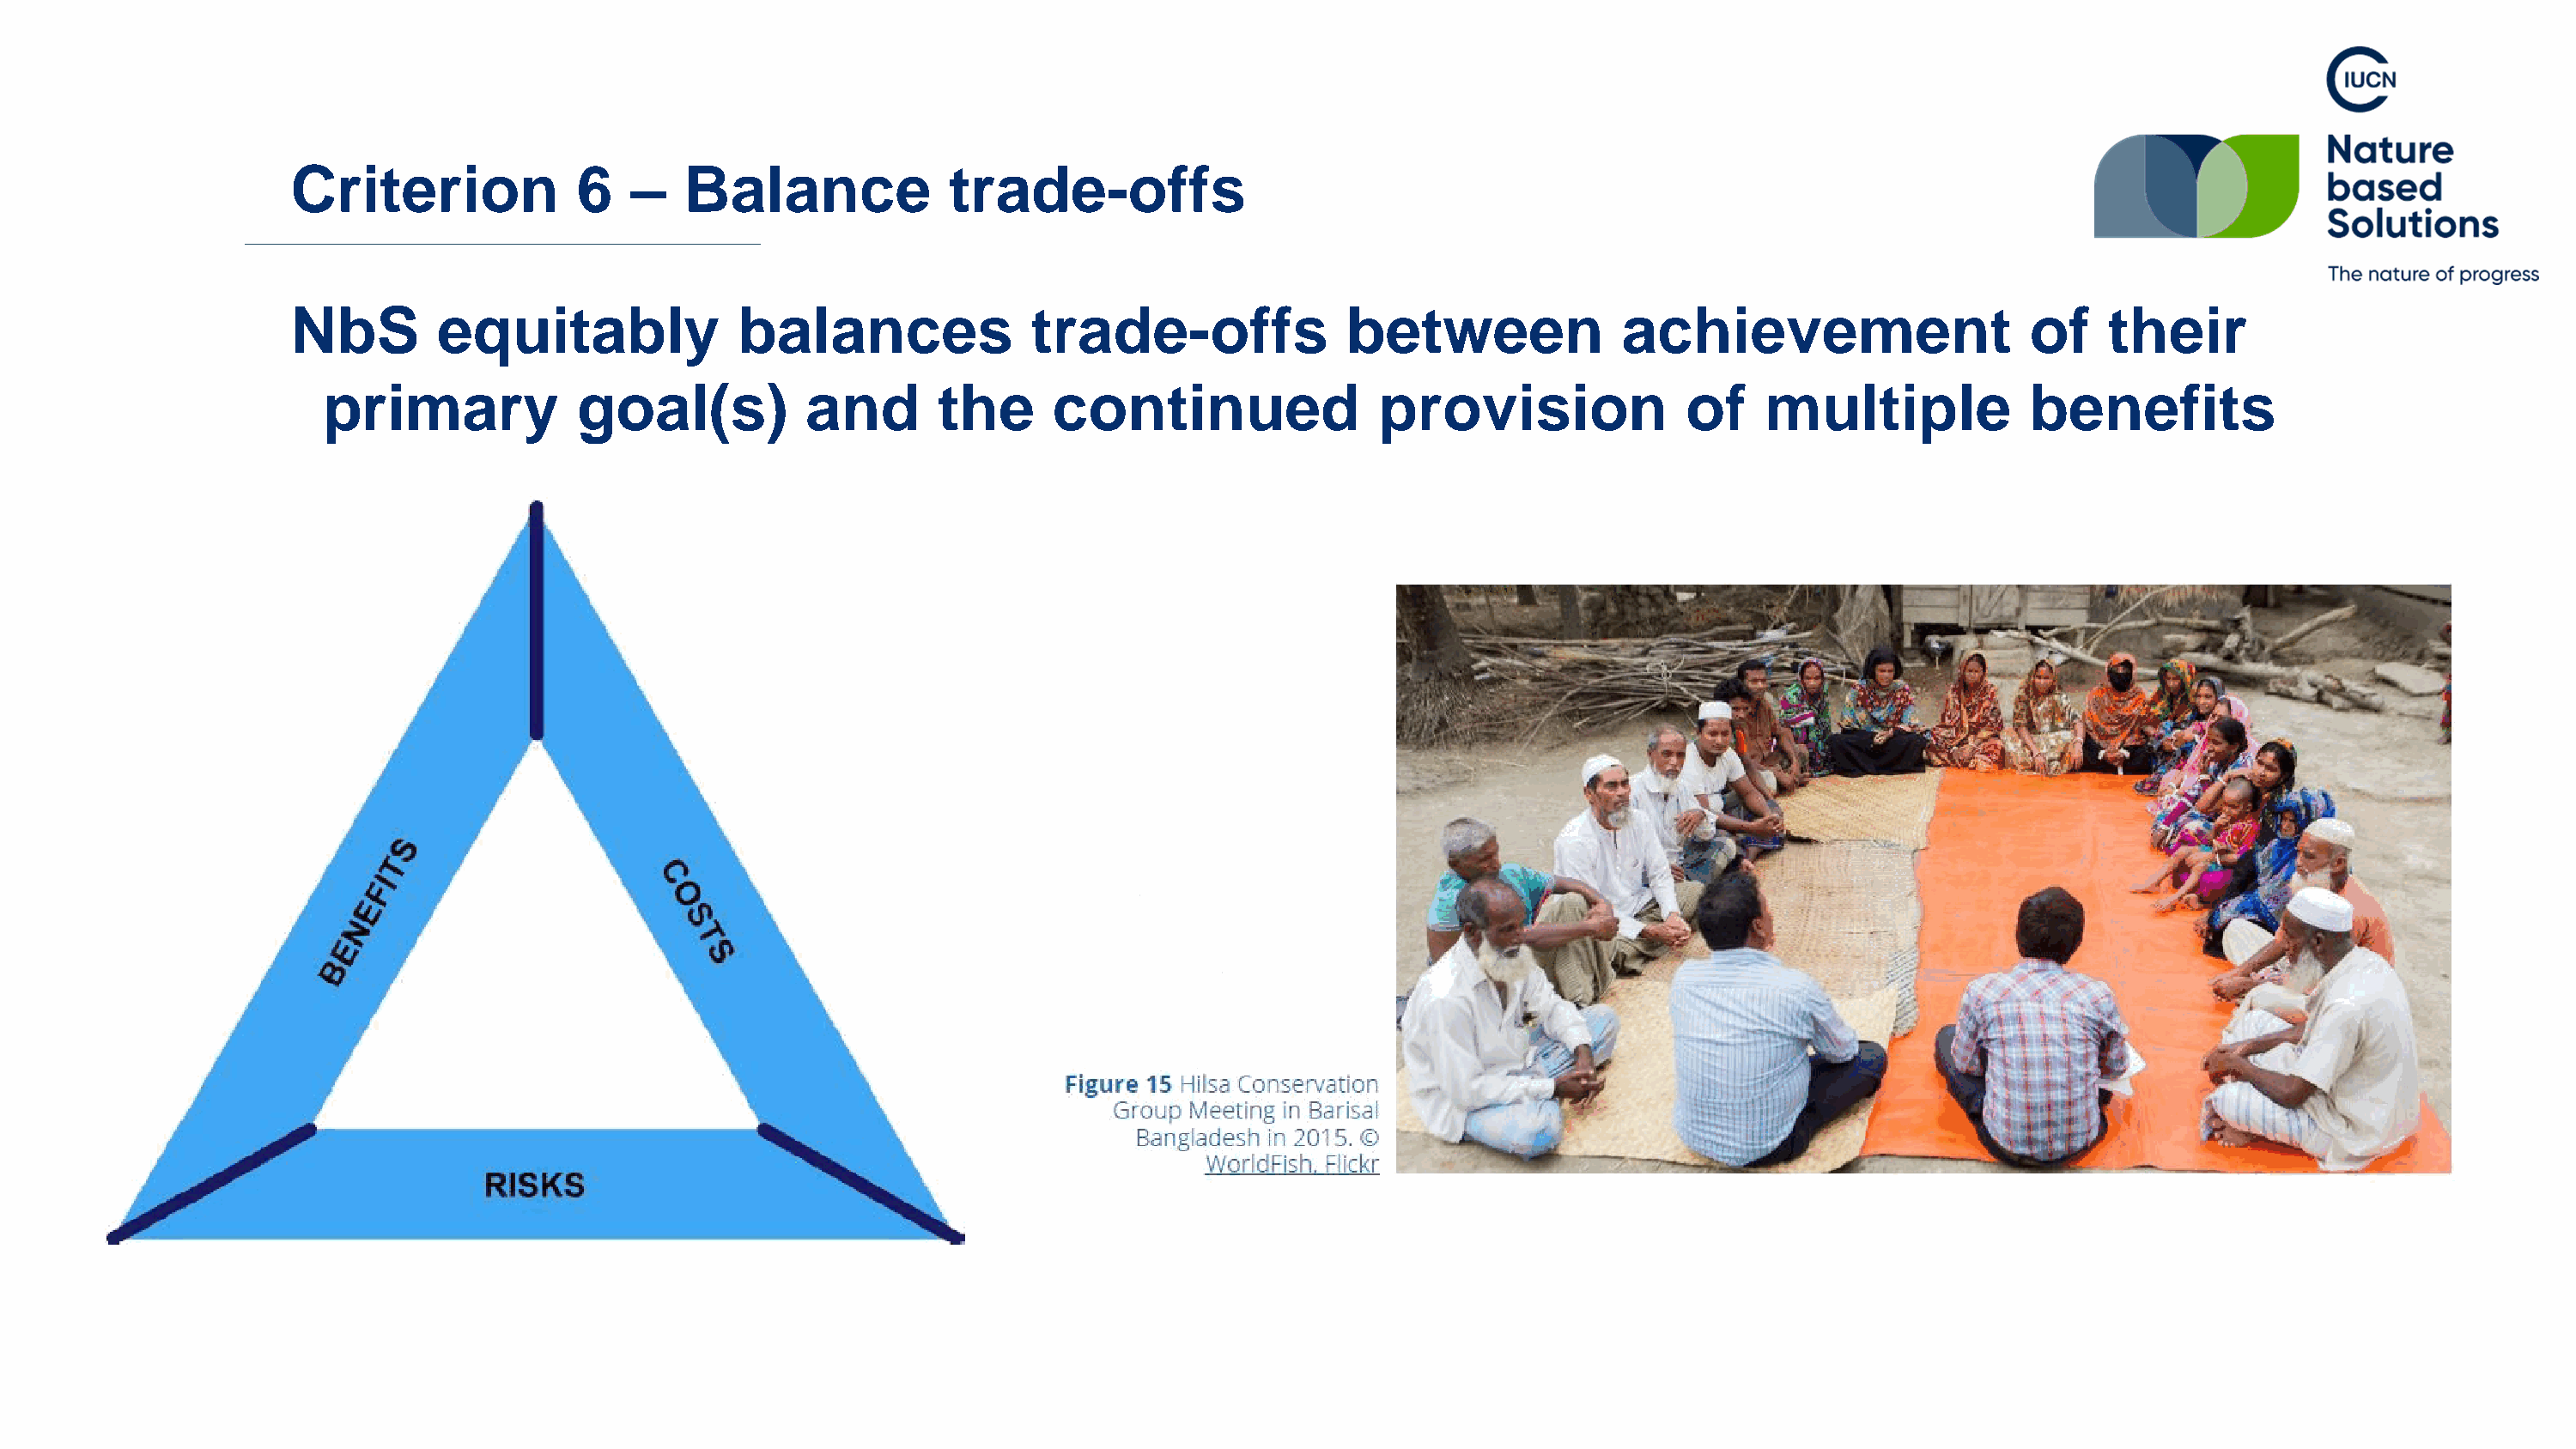
Criterion             6    –   Balance             trade-offs
 NbS         equitably              balances               trade-offs              between              achievement                    of     their
 primary            goal(s)           and       the      continued                provision               of    multiple            benefits